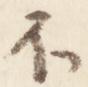
不